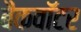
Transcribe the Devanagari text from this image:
बैकवॉटर